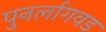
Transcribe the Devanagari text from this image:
पुनर्लागवड